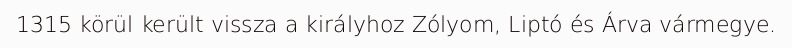
1315 körül került vissza a királyhoz Zólyom, Liptó és Árva vármegye.